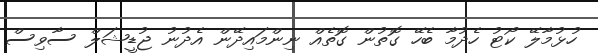
ހުޅުމާލޭ ކޯޓު ހެދުމާ ބެހޭ ގޮތުން ގޮތެއް ނިންމައިދޭން އެދުނު ޖުޑީޝަލް ސާވިސް